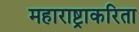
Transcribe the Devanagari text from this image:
महाराष्ट्राकरिता